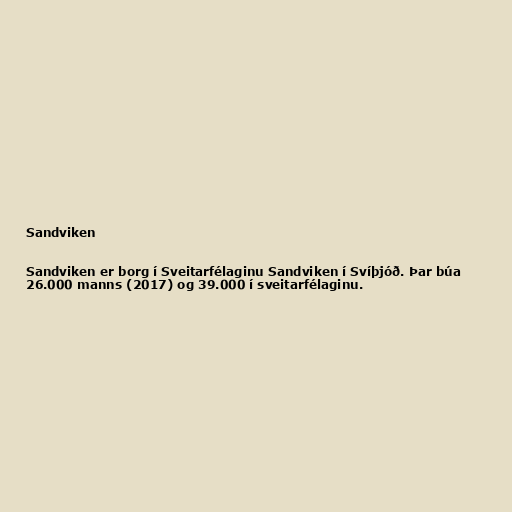
Sandviken

Sandviken er borg í Sveitarfélaginu Sandviken í Svíþjóð. Þar búa
26.000 manns (2017) og 39.000 í sveitarfélaginu.